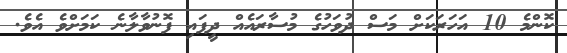
ކޮންމެ 10 އަހަރަކަށް މަސް ދުވަހުގެ މުސާރައެއް ދީފައި ފޮނުވާލާނެ ކަމަށްވެ އެވެ.